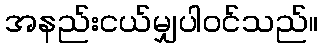
အနည်းငယ်မျှပါဝင်သည်။